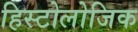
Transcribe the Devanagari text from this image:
हिस्टोलोजिक